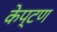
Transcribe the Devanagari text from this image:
केप्टण